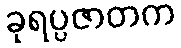
ခုရပ္ပဇာတက